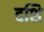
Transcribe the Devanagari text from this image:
दशि